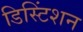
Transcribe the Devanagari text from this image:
डिस्टिंशन